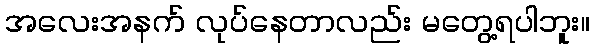
အလေးအနက် လုပ်နေတာလည်း မတွေ့ရပါဘူး။